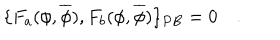
LaTeX: \{ F _ { a } ( \phi , \overline { { { \phi } } } ) , F _ { b } ( \phi , \overline { { { \phi } } } ) \} _ { P B } = 0 \quad .